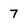
Character: 7